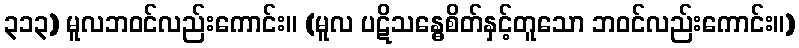
၃၁၃) မူလဘဝင်လည်းကောင်း။ (မူလ ပဋိသန္ဓေစိတ်နှင့်တူသော ဘဝင်လည်းကောင်း။)